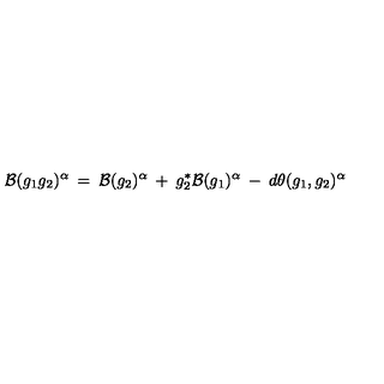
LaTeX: { \cal B } ( g _ { 1 } g _ { 2 } ) ^ { \alpha } \: = \: { \cal B } ( g _ { 2 } ) ^ { \alpha } \: + \: g _ { 2 } ^ { * } { \cal B } ( g _ { 1 } ) ^ { \alpha } \: - \: d \theta ( g _ { 1 } , g _ { 2 } ) ^ { \alpha }